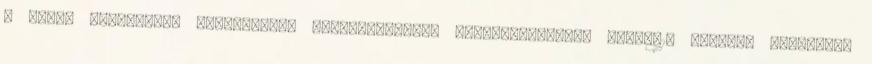
a saját készítésű, fejlesztésű hangszerekről, berendezésekről 03-03-19 Honlap: 'Egyebek'